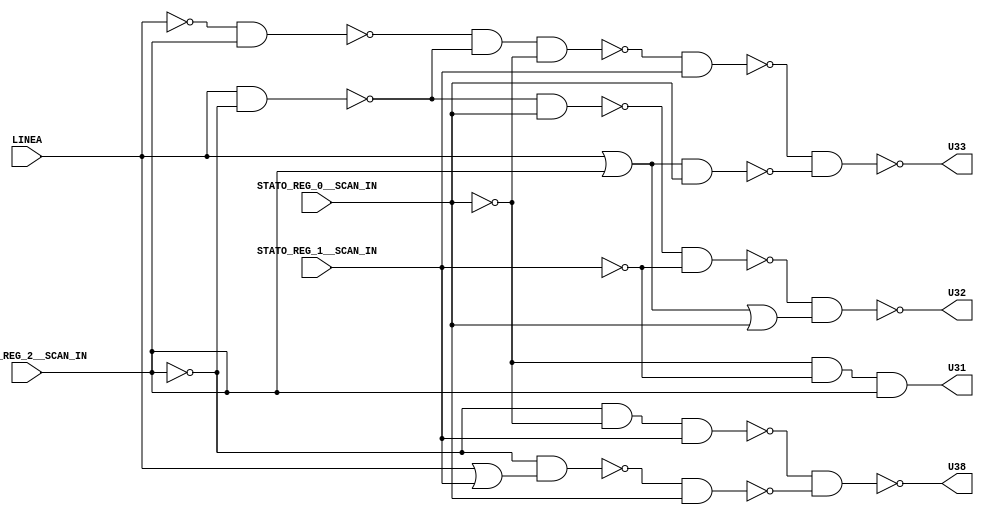
module b02_C( LINEA, STATO_REG_2__SCAN_IN, STATO_REG_1__SCAN_IN, STATO_REG_0__SCAN_IN, U31, U32, U33, U38); 
input LINEA, STATO_REG_2__SCAN_IN, STATO_REG_1__SCAN_IN, STATO_REG_0__SCAN_IN; 
output U31, U32, U33, U38; 
wire U34, U35, U36, U37, U39, U40, U41, U42, U43, U44, U45, U46, U47, U48, U49, U50, U51, U52; 
assign U34 = ~STATO_REG_2__SCAN_IN; 
assign U35 = ~STATO_REG_0__SCAN_IN; 
assign U36 = ~LINEA; 
assign U37 = ~STATO_REG_1__SCAN_IN; 
assign U40 = LINEA | STATO_REG_2__SCAN_IN; 
assign U43 = LINEA | STATO_REG_1__SCAN_IN; 
assign U47 = LINEA | STATO_REG_2__SCAN_IN | STATO_REG_0__SCAN_IN; 
assign U31 = U35 & U37 & STATO_REG_2__SCAN_IN; 
assign U41 = ~(U40 & STATO_REG_0__SCAN_IN); 
assign U44 = ~(U34 & U43); 
assign U45 = ~(LINEA & U34); 
assign U49 = ~(LINEA & U34); 
assign U50 = ~(U36 & STATO_REG_2__SCAN_IN); 
assign U52 = ~(U34 & U35 & STATO_REG_1__SCAN_IN); 
assign U39 = ~(U50 & U49 & U35); 
assign U46 = ~(U45 & STATO_REG_0__SCAN_IN); 
assign U51 = ~(U44 & STATO_REG_0__SCAN_IN); 
assign U38 = ~(U52 & U51); 
assign U42 = ~(U39 & STATO_REG_1__SCAN_IN); 
assign U48 = ~(U46 & U37); 
assign U32 = ~(U48 & U47); 
assign U33 = ~(U42 & U41); 
endmodule